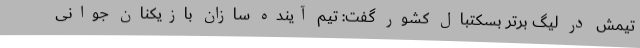
تیمش در لیگ برتر بسکتبال کشور گفت: تیم آینده سازان بازیکنان جوانی